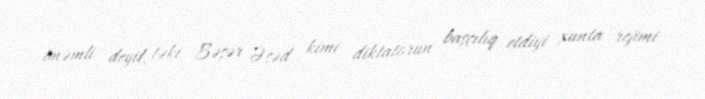
önəmli deyil, təki Bəşər Əsəd kimi diktatorun başçılıq etdiyi xunta rejimi